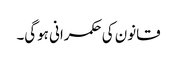
قانون کی حکمرانی ہوگی۔